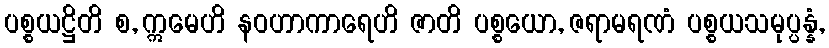
ပစ္စယဋ္ဌိတိ စ, ဣမေဟိ နဝဟာကာရေဟိ ဇာတိ ပစ္စယော, ဇရာမရဏံ ပစ္စယသမုပ္ပန္နံ,